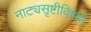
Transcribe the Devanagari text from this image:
नाट्यसृष्टीविषयी